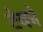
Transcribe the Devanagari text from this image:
टेको